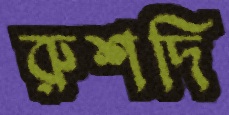
রুশদি